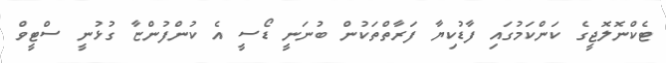
ޓެކްނޮލޮޖީގެ ކަންކަމުގައި ފާޑުކިޔާ ފަރާތްތަކުން ބުނަނީ ޑޯސީ އެ ކުންފުންޏާ ގުޅުނީ ސްޓީވް